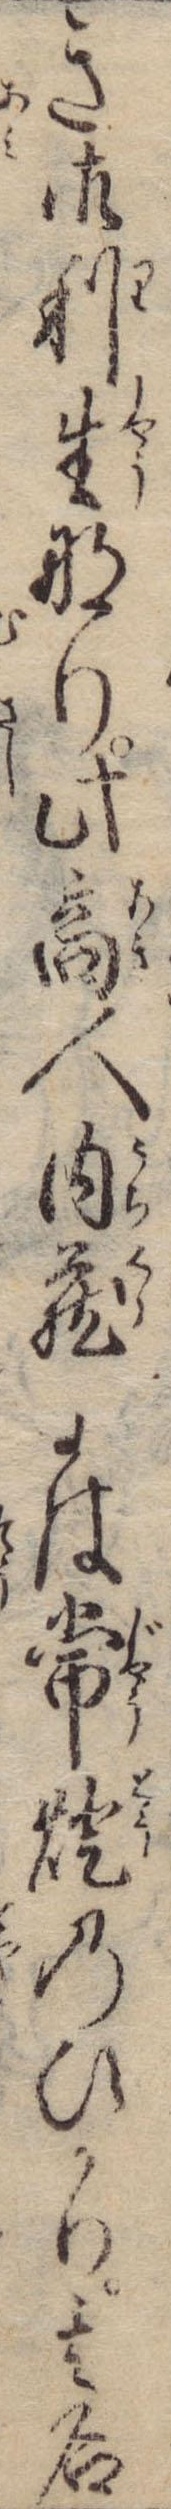
き御利生なり此商人内蔵には常灯のひかり其名